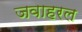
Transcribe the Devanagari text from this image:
जवाहरल